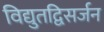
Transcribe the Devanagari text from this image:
विद्युतद्विसर्जन